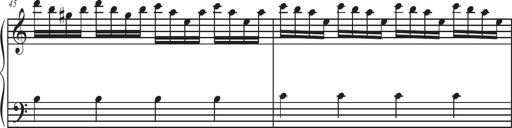
Title: Sonatina Espania
Composer: Jerald Franklin Archer
Key: Various